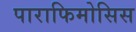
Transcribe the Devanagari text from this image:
पाराफिमोसिस